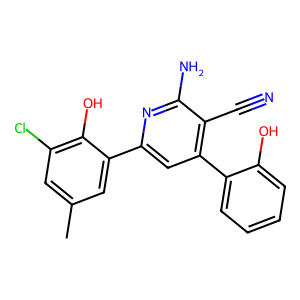
SMILES: Cc1cc(Cl)c(O)c(-c2cc(-c3ccccc3O)c(C#N)c(N)n2)c1
Inhibits HIV replication: No